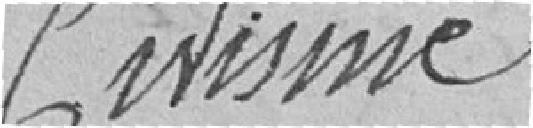
Civisme